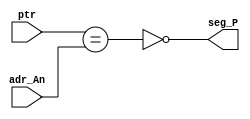
`timescale 1ns / 1ps
//////////////////////////////////////////////////////////////////////////////////
// Company: 
// Engineer: 
// 
// Design Name: 
// Module Name:    Gen_P 
// Project Name: 
// Target Devices: 
// Tool versions: 
// Description: 
//
// Dependencies: 
//
// Revision: 
// Revision 0.01 - File Created
// Additional Comments: 
//
//////////////////////////////////////////////////////////////////////////////////
module Gen_P ( input [1:0] ptr, output wire seg_P,
	input [1:0] adr_An );
	assign seg_P = !(ptr==adr_An) ;
endmodule